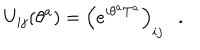
U _ { i j } ( \theta ^ { a } ) = \left( e ^ { i \theta ^ { a } T ^ { a } } \right) _ { i j } \ \ \ .